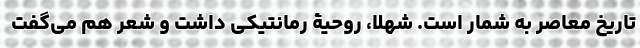
تاریخ معاصر به شمار است. شهلا، روحیۀ رُمانتیکی داشت و شعر هم می‌گفت